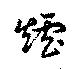
煙